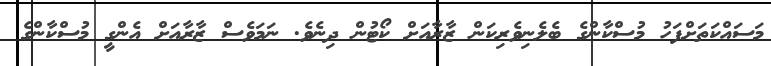
މަސައްކަތަށްފަހު މުސްކާންގެ ބެލެނިވެރިކަން ޒާރާއަށް ކޯޓުން ދިނެވެ. ނަމަވެސް ޒާރާއަށް އެންގީ މުސްކާންގެ